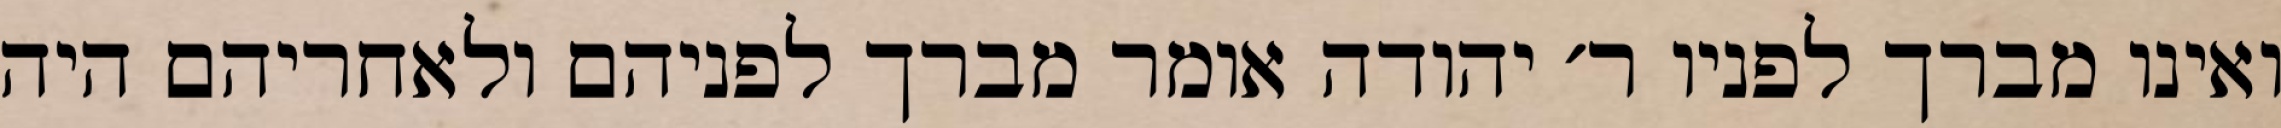
ואינו מברך לפניו ר׳ יהודה אומר מברך לפניהם ולאחריהם היה